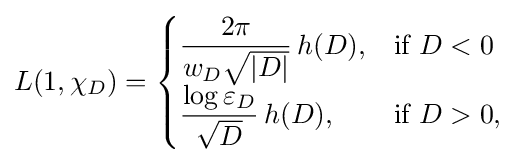
L(1,\chi _{D})={\begin{cases}{\dfrac {2\pi }{w_{D}{\sqrt {|D|}}}}\,h(D),&{\text{if }}D<0\\[.5em]{\dfrac {\log \varepsilon _{D}}{\sqrt {D}}}\,h(D),&{\text{if }}D>0,\end{cases}}